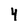
Character: 4